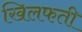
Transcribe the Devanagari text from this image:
खिलफती